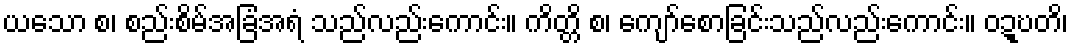
ယသော စ၊ စည်းစိမ်အခြံအရံ သည်လည်းကောင်း။ ကိတ္တိ စ၊ ကျော်စောခြင်းသည်လည်းကောင်း။ ဝဍ္ဎတိ၊